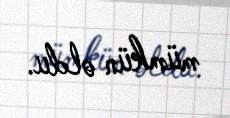
mümkün oldu.